Scottish Leaving Certificate Examination, 1951
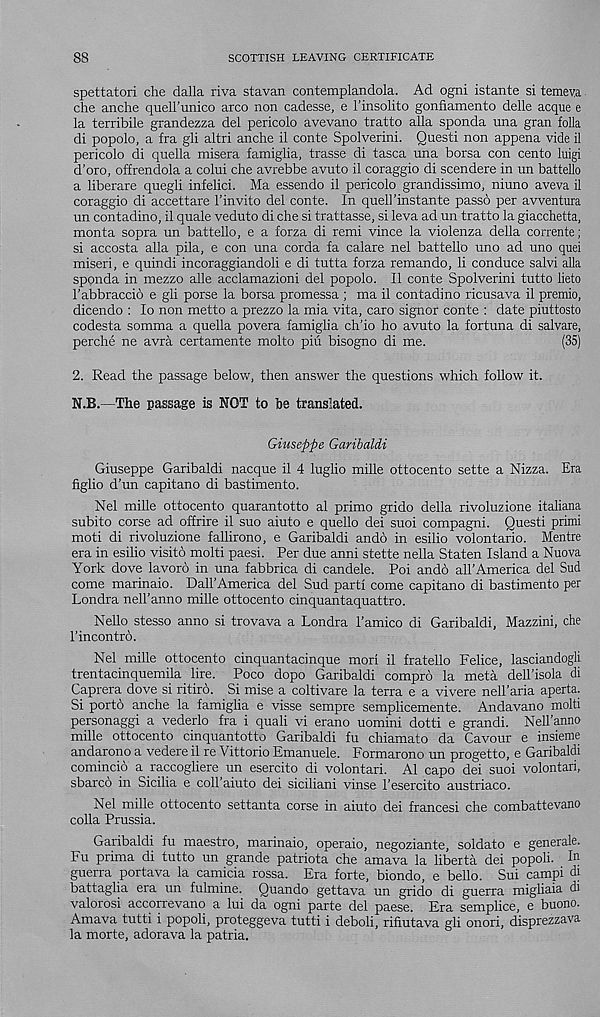
88
SCOTTISH LEAVING CERTIFICATE
spettatori die dalla riva stavan contemplandola. Ad ogni istante si temeva
che anche quell’unico arco non cadesse, e I’insolito gonfiamento delle acque e
la terribile grandezza del pericolo avevano tratto alia sponda una gran folia
di popolo, a fra gli altri anche il conte Spolverini. Quest! non appena vide il
pericolo di quella misera famiglia, trasse di tasca una borsa con cento luigi
d’oro, offrendola a colui che avrebbe avuto il coraggio di scendere in un battello
a liberare quegli infelici. Ma essendo il pericolo grandissimo, niuno aveva il
coraggio di accettare 1’invito del conte. In quell’instante passo per avventura
un contadino, il quale veduto di che si trattasse, si leva ad un tratto la giacchetta,
monta sopra un battello, e a forza di remi vince la violenza della corrente;
si accosta alia pila, e con una corda fa calare nel battello uno ad uno quei
miseri, e quindi incoraggiandoli e di tutta forza remando, li conduce salvi alia
sponda in mezzo alle acclamazioni del popolo. Il conte Spolverini tutto lieto
I’abbraccio e gli porse la borsa promessa ; ma il contadino ricusava il premio,
dicendo : lo non metto a prezzo la mia vita, caro signor conte : date piuttosto
codesta somma a quella povera famiglia ch’io ho avuto la fortuna di salvare,
perche ne avra certamente molto piu bisogno di me.
(35)
2. Read the passage below, then answer the questions which follow it.
N.B.—The passage is NOT to be translated.
Giuseppe Garibaldi
Giuseppe Garibaldi nacque il 4 luglio mille ottocento sette a Nizza. Era
figlio d’un capitano di bastimento.
Nel mille ottocento quarantotto al primo grido della rivoluzione italiana
subito corse ad offrire il suo aiuto e quello dei suoi compagni. Quest! primi
moti di rivoluzione fallirono, e Garibaldi ando in esilio volontario. Mentre
era in esilio visito molti paesi. Per due anni stette nella Staten Island a Nuova
York dove lavoro in una fabbrica di candele. Poi andd all’America del Sud
come marinaio. Dali’America del Sud parti come capitano di bastimento per
Londra nell’anno mille ottocento cinquantaquattro.
Nello stesso anno si trovava a Londra 1’amico di Garibaldi, Mazzini, che
I’incontro.
Nel mille ottocento cinquantacinque morl il fratello Felice, lasciandogli
trentacinquemila lire. Poco dopo Garibaldi compro la meta dell’isola di
Caprera dove si ritiro. Si raise a coltivare la terra e a vivere nell’aria aperta.
Si porto anche la famiglia e visse sempre semplicemente. Andavano molti
personaggi a vederlo fra i quali vi erano uomini dotti e grandi. Nell’anno
mille ottocento cinquantotto Garibaldi fu chiamato da Cavour e insieme
andarono a vedere il re Vittorio Emanuele. Formarono un progetto, e Garibaldi
comincio a raccogliere un esercito di volontari. Al capo dei suoi volontari,
sbarco in Sicilia e coll’aiuto dei siciliani vinse 1’esercito austriaco.
Nel mille ottocento settanta corse in aiuto dei francesi che combattevano
colla Prussia.
Garibaldi fu maestro, marinaio, operaio, negoziante, soldato e generate.
Fu prima di tutto un grande patriota che amava la liberta dei popoli. In
guerra portava la camicia rossa. Era forte, biondo, e bello. Sui campi di
battaglia era un fulmine. Quando gettava un grido di guerra migliaia di
valorosi accorrevano a lui da ogni parte del paese. Era semplice, e buono.
Amava tutti i popoli, proteggeva tutti i deboli, rifiutava gli onori, disprezzava
la morte, adorava la patria.